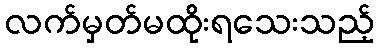
လက်မှတ်မထိုးရသေးသည့်